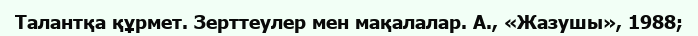
Талантқа құрмет. Зерттеулер мен мақалалар. А., «Жазушы», 1988;